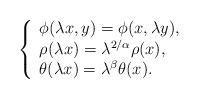
LaTeX: \begin{align*} \left\{ \begin{array}{l l} \phi(\lambda x, y)=\phi( x, \lambda y), & \\ \rho(\lambda x)= \lambda ^{2/\alpha}\rho(x), &\\ \theta (\lambda x)= \lambda ^{\beta} \theta(x). & \end{array} \right.\end{align*}